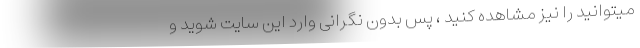
میتوانید را نیز مشاهده کنید ، پس بدون نگرانی وارد این سایت شوید و